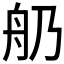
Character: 𦨋